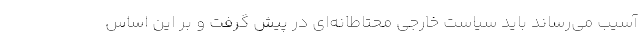
آسیب می‌رساند باید سیاست خارجی محتاطانه‌ای در پیش گرفت و بر این اساس